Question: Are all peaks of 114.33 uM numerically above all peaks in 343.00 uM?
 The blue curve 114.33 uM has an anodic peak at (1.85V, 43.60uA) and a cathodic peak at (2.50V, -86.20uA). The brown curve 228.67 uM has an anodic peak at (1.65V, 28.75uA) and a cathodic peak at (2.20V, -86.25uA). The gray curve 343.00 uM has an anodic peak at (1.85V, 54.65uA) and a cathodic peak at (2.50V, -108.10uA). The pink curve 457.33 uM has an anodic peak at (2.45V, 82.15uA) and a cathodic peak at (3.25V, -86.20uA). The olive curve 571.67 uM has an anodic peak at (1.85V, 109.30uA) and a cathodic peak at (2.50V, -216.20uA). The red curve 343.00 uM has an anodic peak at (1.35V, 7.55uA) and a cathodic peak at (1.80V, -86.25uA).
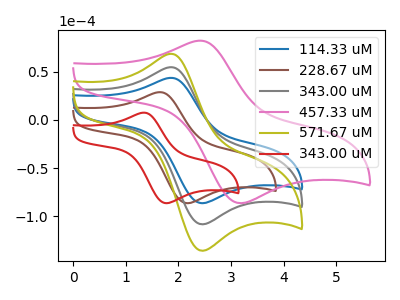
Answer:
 <answer>Every peak in "114.33 uM" is lower than every peak in "343.00 uM".</answer>
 <eval>lower</eval>